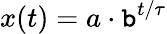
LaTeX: x(t)=a\cdot\mathtt{b}^{t/\tau}